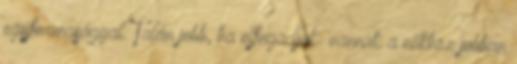
egyformasággal. Talán jobb, ha elfogadjuk: vannak a nőkhöz jobban